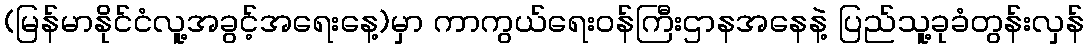
(မြန်မာနိုင်ငံလူ့အခွင့်အရေးနေ့)မှာ ကာကွယ်ရေးဝန်ကြီးဌာနအနေနဲ့ ပြည်သူ့ခုခံတွန်းလှန်